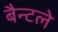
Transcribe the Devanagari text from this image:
बैन्टले